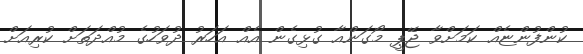
ކުންފުންޏެއް ކަމަށްވާ ޖޭޕީ މޯގަންއާ ގުޅިގެން އެއް އަހަރު ދުވަހުގެ މުއްދަތަށް ކުރިއަށް